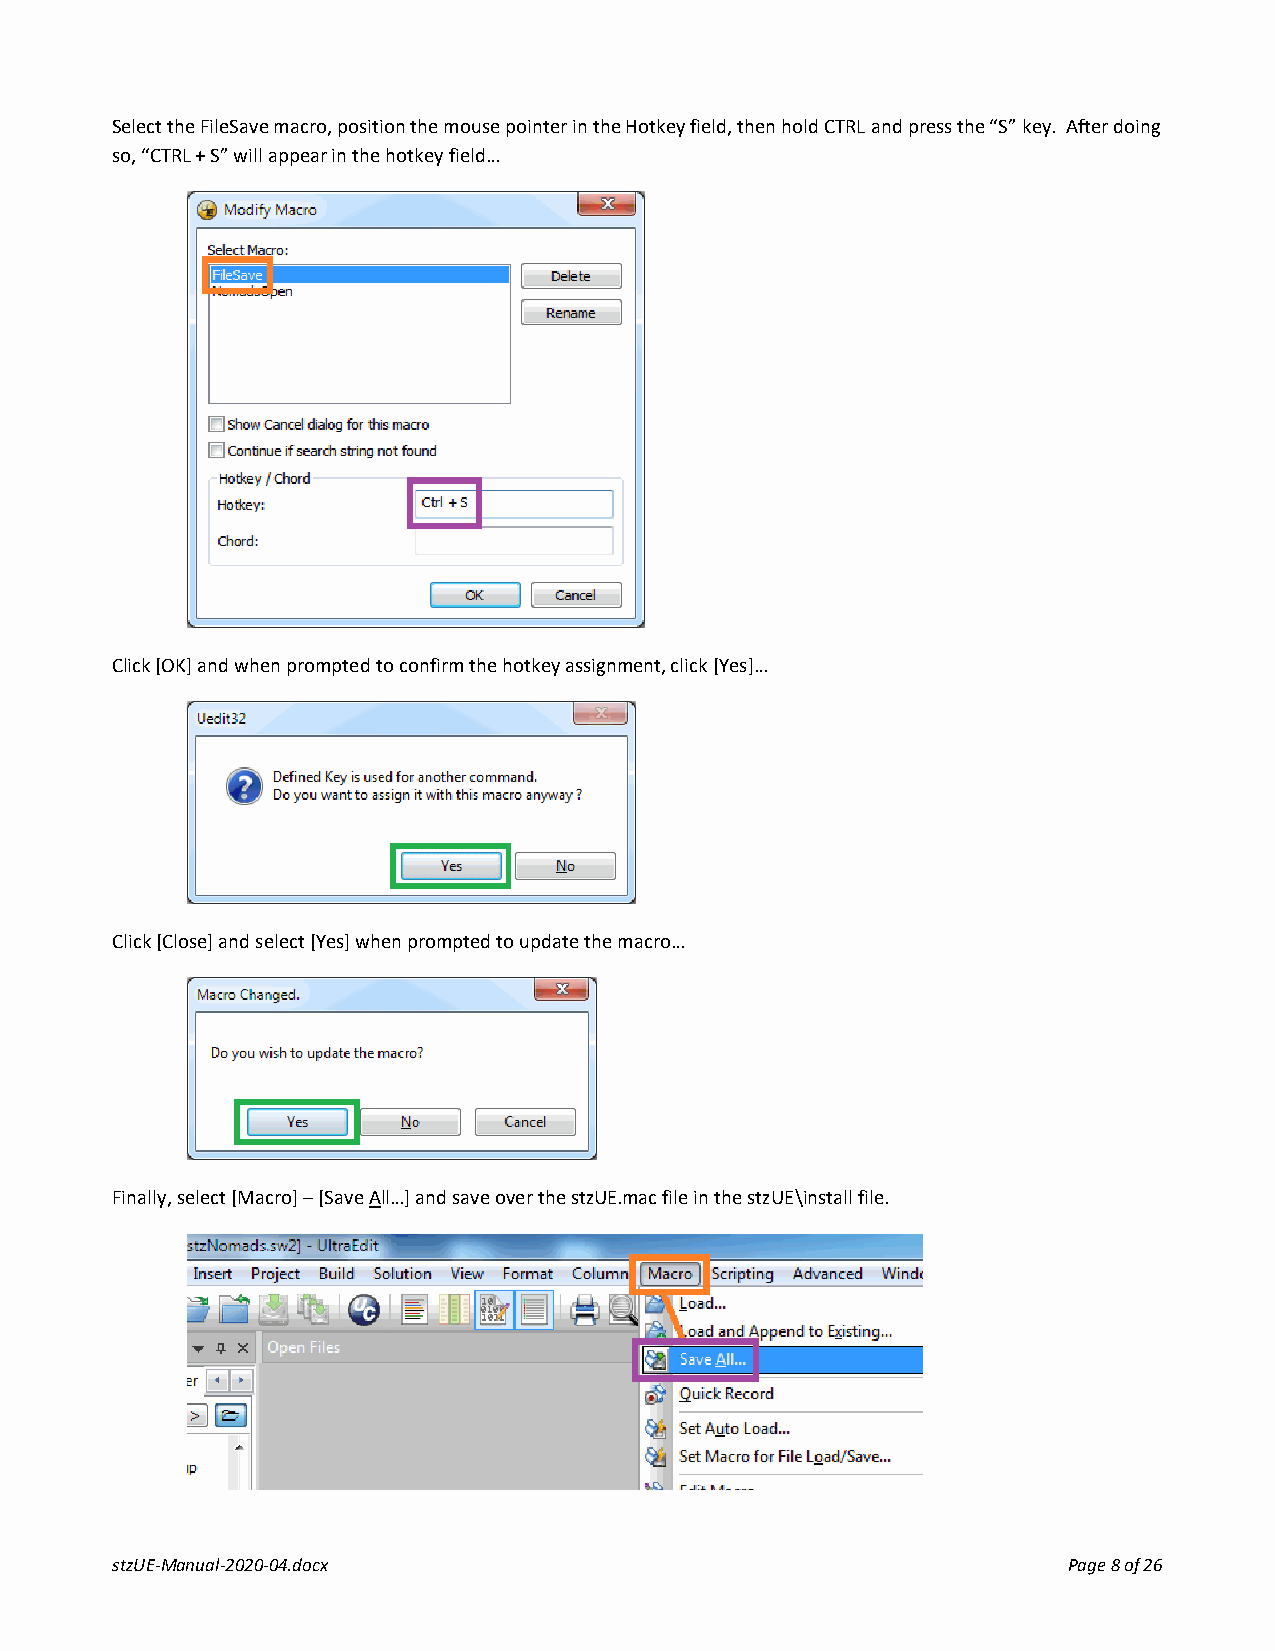
Select the FileSave macro, position the mouse pointer in the Hotkey field, then hold CTRL and press the “S” key. After doing
 so, “CTRL + S” will appear in the hotkey field…
 Click [OK] and when prompted to confirm the hotkey assignment, click [Yes]…
 Click [Close] and select [Yes] when prompted to update the macro…
 Finally, select [Macro] – [Save All…] and save over the stzUE.mac file in the stzUE\install file.
 stzUE-Manual-2020-04.docx                                       Page 8 of 26